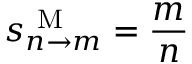
s _ { n \rightarrow m } ^ { \mathrm { ~ M ~ } } = \frac { m } { n }